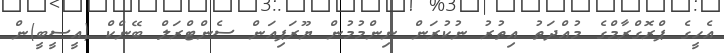
އެހީގެ ޕްރޮގްރާމްގެ މުއްދަތު އިތުރު ނުކުރަން ނިންމުމުން ޔޫރަޕިއަން ސެންޓްރަލް ބޭންކް (އީސީބީ)ން